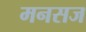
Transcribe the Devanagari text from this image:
मनसज